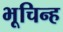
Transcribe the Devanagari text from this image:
भूचिन्ह